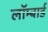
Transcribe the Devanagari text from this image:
लॉम्बार्ड